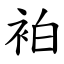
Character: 袙